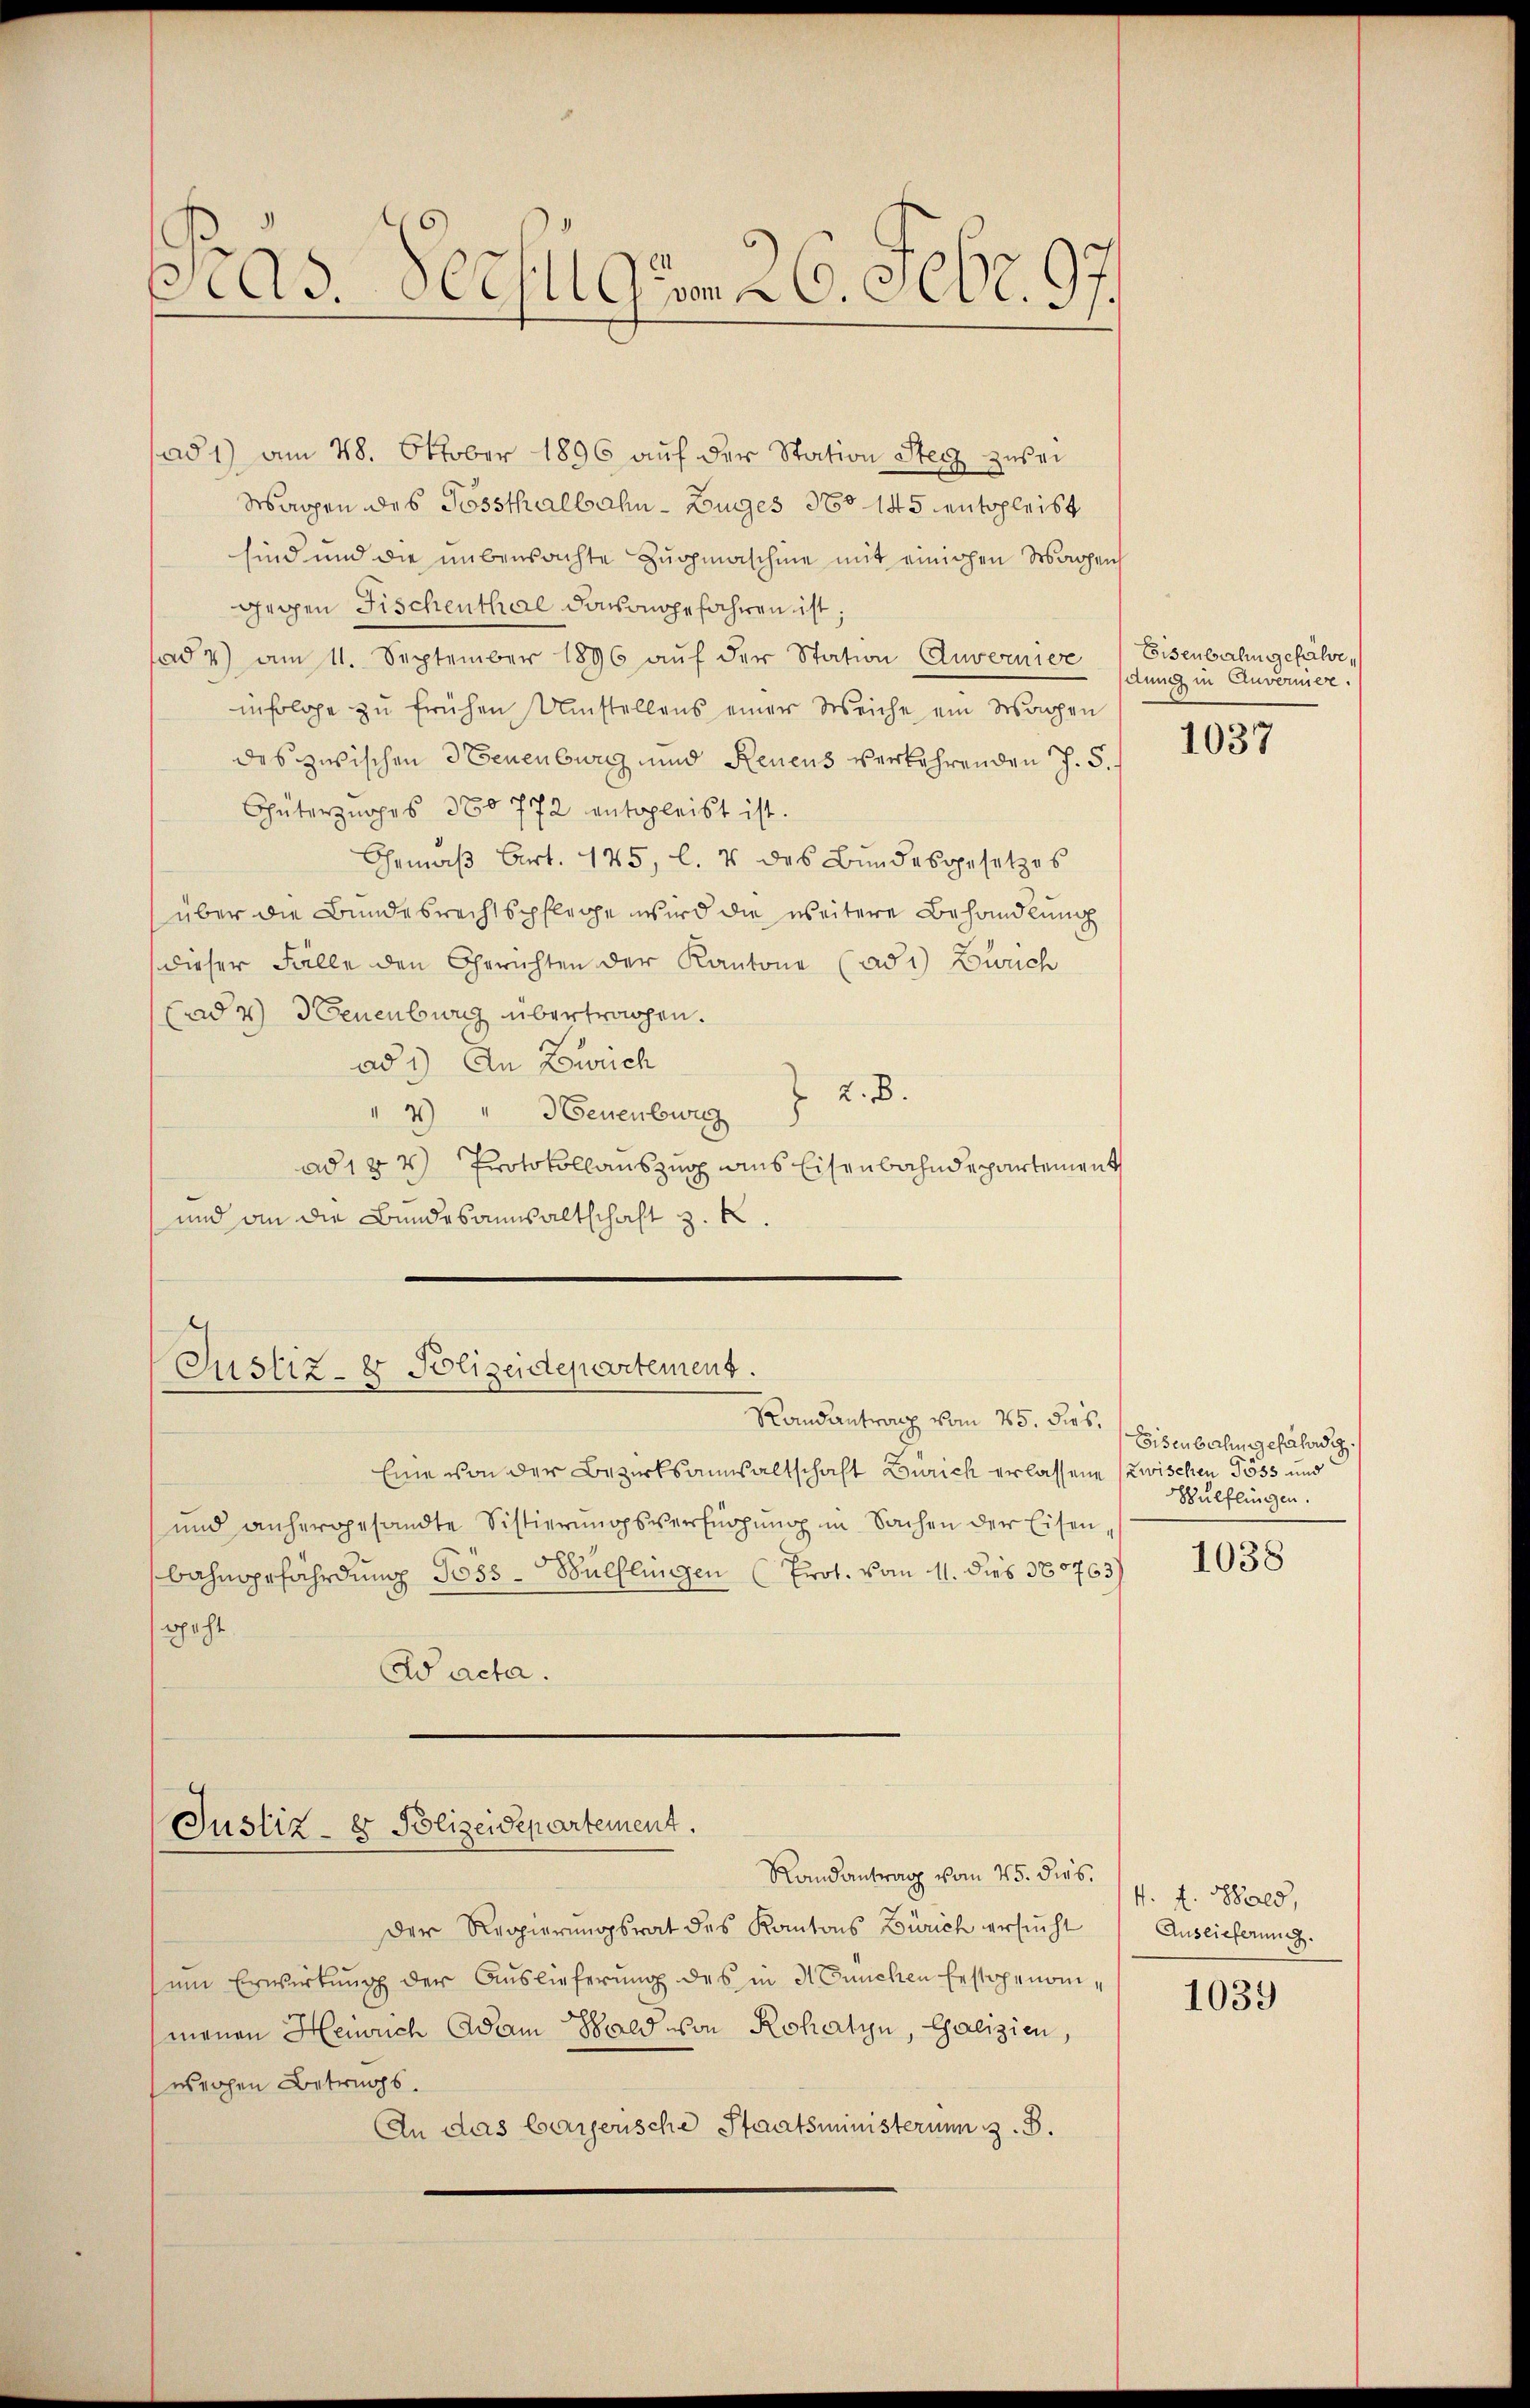
Präs. Pechlgum 26. Febr. 97.

ad 1) am 28. Oktober 1896 aŭf der Station Steg zurei
Wagen des Gossthalbahn-Burges No 145 entsleist
sind und die unbensachte Zugmaschine mit einigen Wagen
gegen Fischenthal davongefahren ist;
fad 7) am 11. September 1896 aŭf der Station Anvernier
infolge zu frühen Umstellens einer Weiche ein Wappen
des zwischen Neuenburg und Renens verkehrenden J. S.
Chüterzuges 380 772 entgleist ist.
Gemäß Art. 145, l. 4 des Bundesgesetzes
über die Bundesrechtspflege wird die weitere Behandlung
dieser Fälle den Gerichten der Kantone (ad 1) Zürich
(ad 2) Neuenburg übertragen.
ad 1) An Zürich
 2. B.
4) " Neuenburg
ad 187 Protokollauszug aus Eisenbahndepartement
und an die Bundesanwaltschaft z. k

Justiz- & Polizeidepartement.
Randantrag vom 25. dies,

Eine von der Bezirksanwaltschaft Zürich erlassene zwischen Goss und
und anhergesandte Sistierungsverfügŭng in Sachen der Eisen,
bahngefährdung Poss-Bülflingen (Prot. vom 11. dies 380763)
spacht
Wacta.

Justiz- & Polizeidepartement.
Randantrag vom 25. dies.

Der Regierŭngsrat des Kantons Zürich ersŭcht Auslieferung.
ŭm Erwirkung der Auslieferung des in Meuchen festgenommenen Heinrich Adam Bald von Rohatyn, Galizien,
werchen Betrags.
An das Cargerische Staatsministerium z. B.

Eisenbahn gehalte,
dung in Anvermiere.

1037

Eisenbahngefährde
Wülflingen.

1038

4. f. Sold,

1039